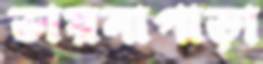
ভায়নাপাড়া